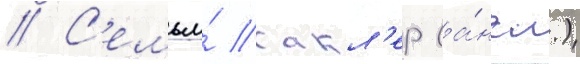
// С'емья́ сакл'ер (а́нгл.)